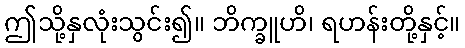
ဤသို့နှလုံးသွင်း၍။ ဘိက္ခူဟိ၊ ရဟန်းတို့နှင့်။